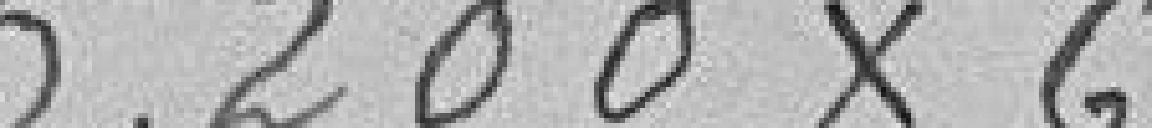
5.200X6